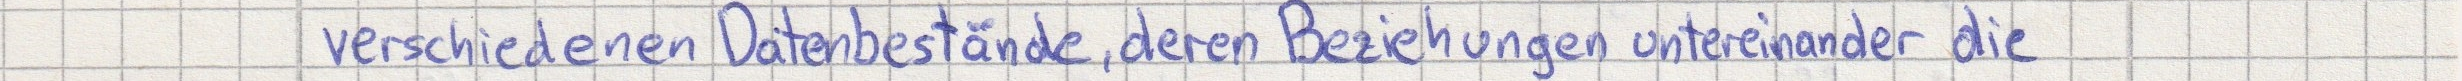
verschiedenen Datenbestände, deren Beziehungen untereinander die